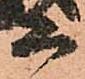
等